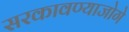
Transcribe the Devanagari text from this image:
सरकावण्याजोगे